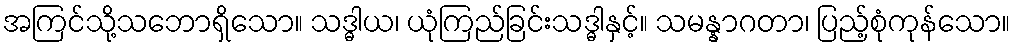
အကြင်သို့သဘောရှိသော။ သဒ္ဓါယ၊ ယုံကြည်ခြင်းသဒ္ဓါနှင့်။ သမန္နာဂတာ၊ ပြည့်စုံကုန်သော။